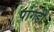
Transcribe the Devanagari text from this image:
पांगडी